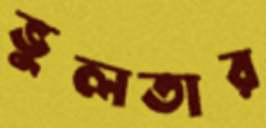
ভুলতার